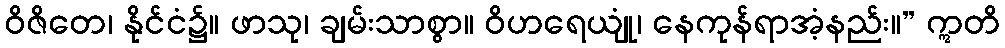
ဝိဇိတေ၊ နိုင်ငံ၌။ ဖာသု၊ ချမ်းသာစွာ။ ဝိဟရေယျုံ၊ နေကုန်ရာအံ့နည်း။” ဣတိ